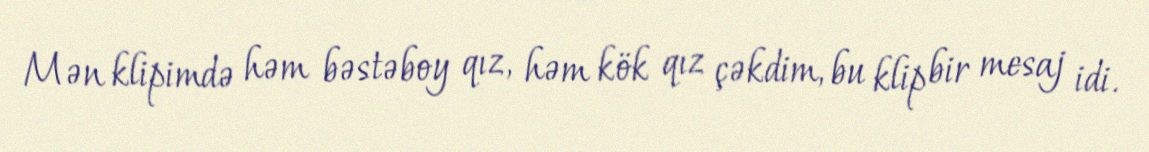
Mən klipimdə həm bəstəboy qız, həm kök qız çəkdim, bu klip bir mesaj idi.